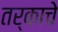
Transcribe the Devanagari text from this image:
तर्काचे